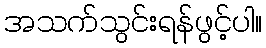
အသက်သွင်းရန်ဖွင့်ပါ။